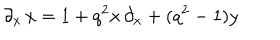
\partial _ { x } \, x = 1 + q ^ { 2 } x \, \partial _ { x } + ( q ^ { 2 } - 1 ) y \,